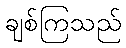
ချစ်ကြသည်